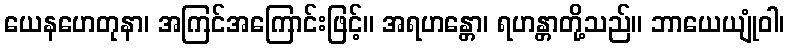
ယေနဟေတုနာ၊ အကြင်အကြောင်းဖြင့်။ အရဟန္တော၊ ရဟန္တာတို့သည်။ ဘာယေယျုံဝါ၊